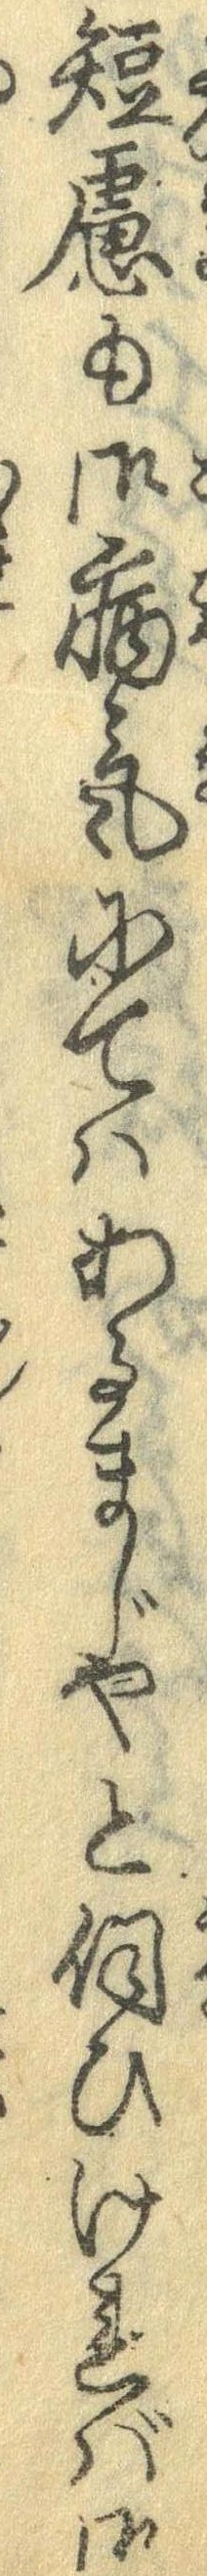
短慮も御病気にてはあるまじやと伺ひければ御